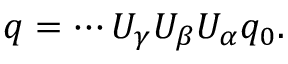
q = \cdots U _ { \gamma } U _ { \beta } U _ { \alpha } q _ { 0 } .